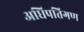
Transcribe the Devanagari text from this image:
अधिपतिगण